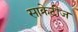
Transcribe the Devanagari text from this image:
साक्रेटीज